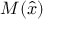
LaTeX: M ( { \hat { x } } )